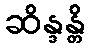
ဆိန္ဒန္တိ